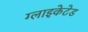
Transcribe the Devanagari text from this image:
ग्लाइकेटेड